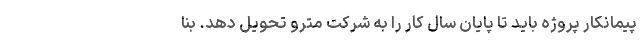
پیمانکار پروژه باید تا پایان سال کار را به شرکت مترو تحویل دهد. بنا